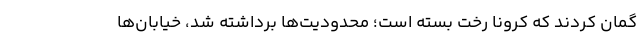
گمان کردند که کرونا رخت بسته است؛ محدودیت‌ها برداشته شد، خیابان‌ها